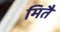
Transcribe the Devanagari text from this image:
मितै